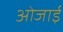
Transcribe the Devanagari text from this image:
ओजाई